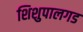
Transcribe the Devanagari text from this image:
शिशुपालगड